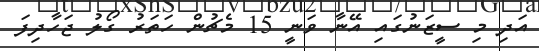
އަދި މި ސީޒަނުގައި އޭނާ ވަނީ 15 މެޗުން ހަތަރު ގޯލު ޖަހާދިފަ